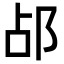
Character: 𬩷